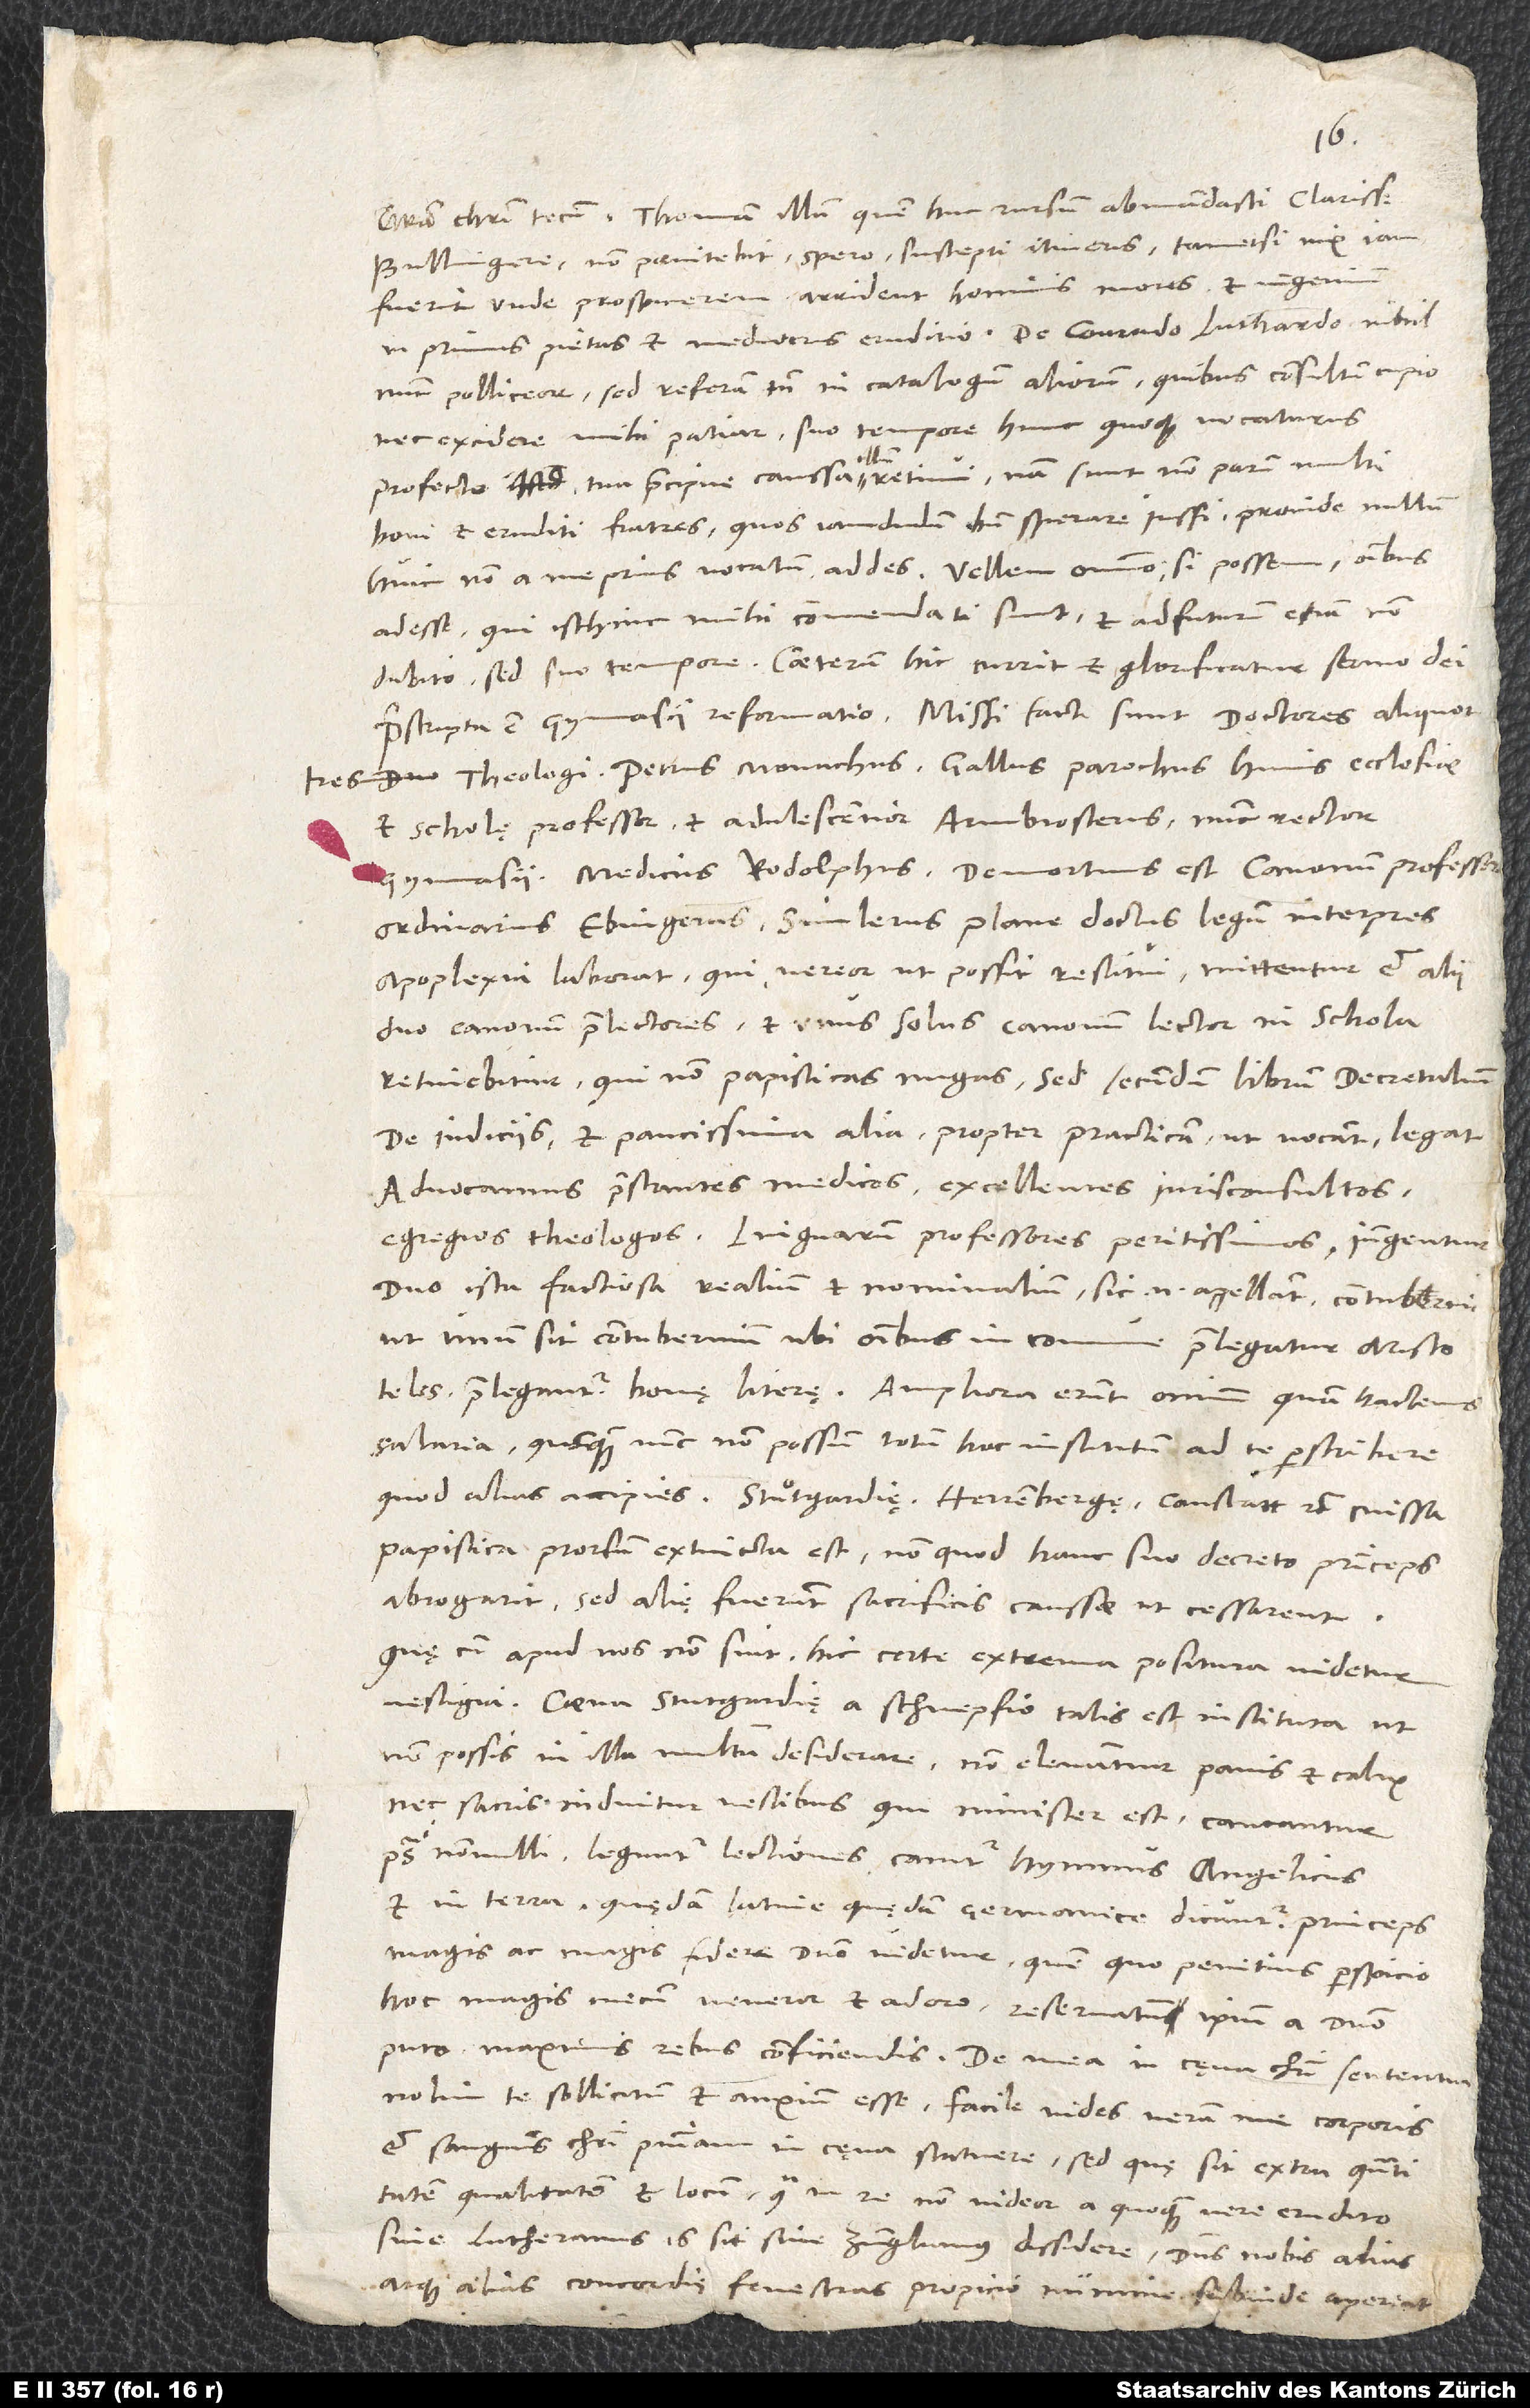
Bullingere, non paenitebit, spero, suscepti itineris, tametsi vix iam
fuerit, unde prospicerem. Arrident hominis mores et ingenium,
inprimis pietas et mediocris eruditio. De Conrado Luthardo nihil
nunc polliceor, sed referam tamen in catalogum aliorum, quibus consultum cupio,
nec excidere mihi patiar, suo tempore hunc quoque vocaturus.
Profecto tua praecipue caussa illum retinui; nam sunt non parum multi
boni et eruditi fratres, quos iamdudum bene sperare iussi. Proinde nullum
huic non a me prius vocatum addes. Vellem omnino, si possem, omnibus
adesse, qui isthinc mihi commendati sunt, et adfuturum etiam non
Praescripta est gymnasii reformatio. Missi facti sunt doctores aliquot:
tres theologi - Petrus Monachus, Gallus, parochus huius ecclesiae
et scholę professor, et adulescentior Armbrosterus, nunc rector
gymnasii -, medicus Rodolphus. Demortuus est canonum professor
ordinarius, Ebingerus. Simlerus, plane doctus legum interpres,
apoplexia laborat, qui vereor ut possit restitui. Mittentur et alii
duo canonum praelectores, et unus solus canonum lector in schola
retinebitur, qui non papisticas nugas, sed secundum librum Decretalium
de iudiciis et paucissima alia propter practicam, ut vocant, legat.
Advocamus praestantes medicos, excellentes iurisconsultos,
egregios theologos, linguarum professores peritissimos. lungentur
duo ista factiosa realium et nominalium, sic enim appellant, contubernia,
ut unum sit contubernium, ubi omnibus in commune praelegatur Aristoteles,
praelegantur bonę literae. Amphora erunt omnium quam hactenus
salaria, quamquam nunc non possum totum hoc institutum ad te perscribere,
papistica prorsum extincta est; non quod hanc suo decreto princeps
abrogarit, sed alię fuerunt sacrificis caussae, ut cessarent.
Que cum apud nos non sint, hic certe extrema positura videtur
vestigia. Coena Stuͦtgardię a Schnepfio talis est instituta, ut
non possis in illa multum desiderare. Non elevantur panis et calix
nec sacris induitur vestibus, qui minister est. Cantantur
nonnulli, leguntur lectiones, canitur hymnus angelicus
et In terra; quędam latine, quędam germanice dicuntur.
magis ac magis fidere domino videtur, quem quo penitius perspicio,
hoc magis mecum veneror et adoro. Reservatum ipsum a domino
nolim te sollicitum et anxium esse. Facile vides veram me corporis
et sanguinis Christi praesentiam in cęna statuere, sed quę sit extra quantitatem,
qualitatem et locum, qua in re non videor a quoquam vere erudito,
sive Lutheranus is sit sive Zvinglianus, dissidere. Dominus nobis alias
atque alias concordię fenestras propicio numine subinde aperiat!